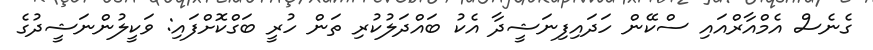
ގެނެސް އެމްއާރްއައި ސްކޭން ހަދައިފިނަޝީދާ އެކު ބައްދަލުކުރި ތަން ހުރީ ބަގްކޮށްފައި: ވަކީލުންނަޝީދުގެ